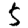
Digit: 5